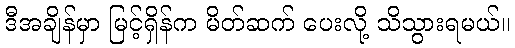
ဒီအချိန်မှာ မြင့်ရှိန်က မိတ်ဆက် ပေးလို့ သိသွားရမယ်။